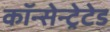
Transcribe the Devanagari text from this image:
कॉन्सेन्ट्रेटेड